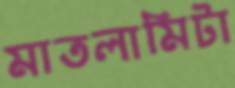
মাতলামিটা